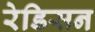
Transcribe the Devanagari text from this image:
रेडिसन